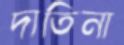
দাতিনা